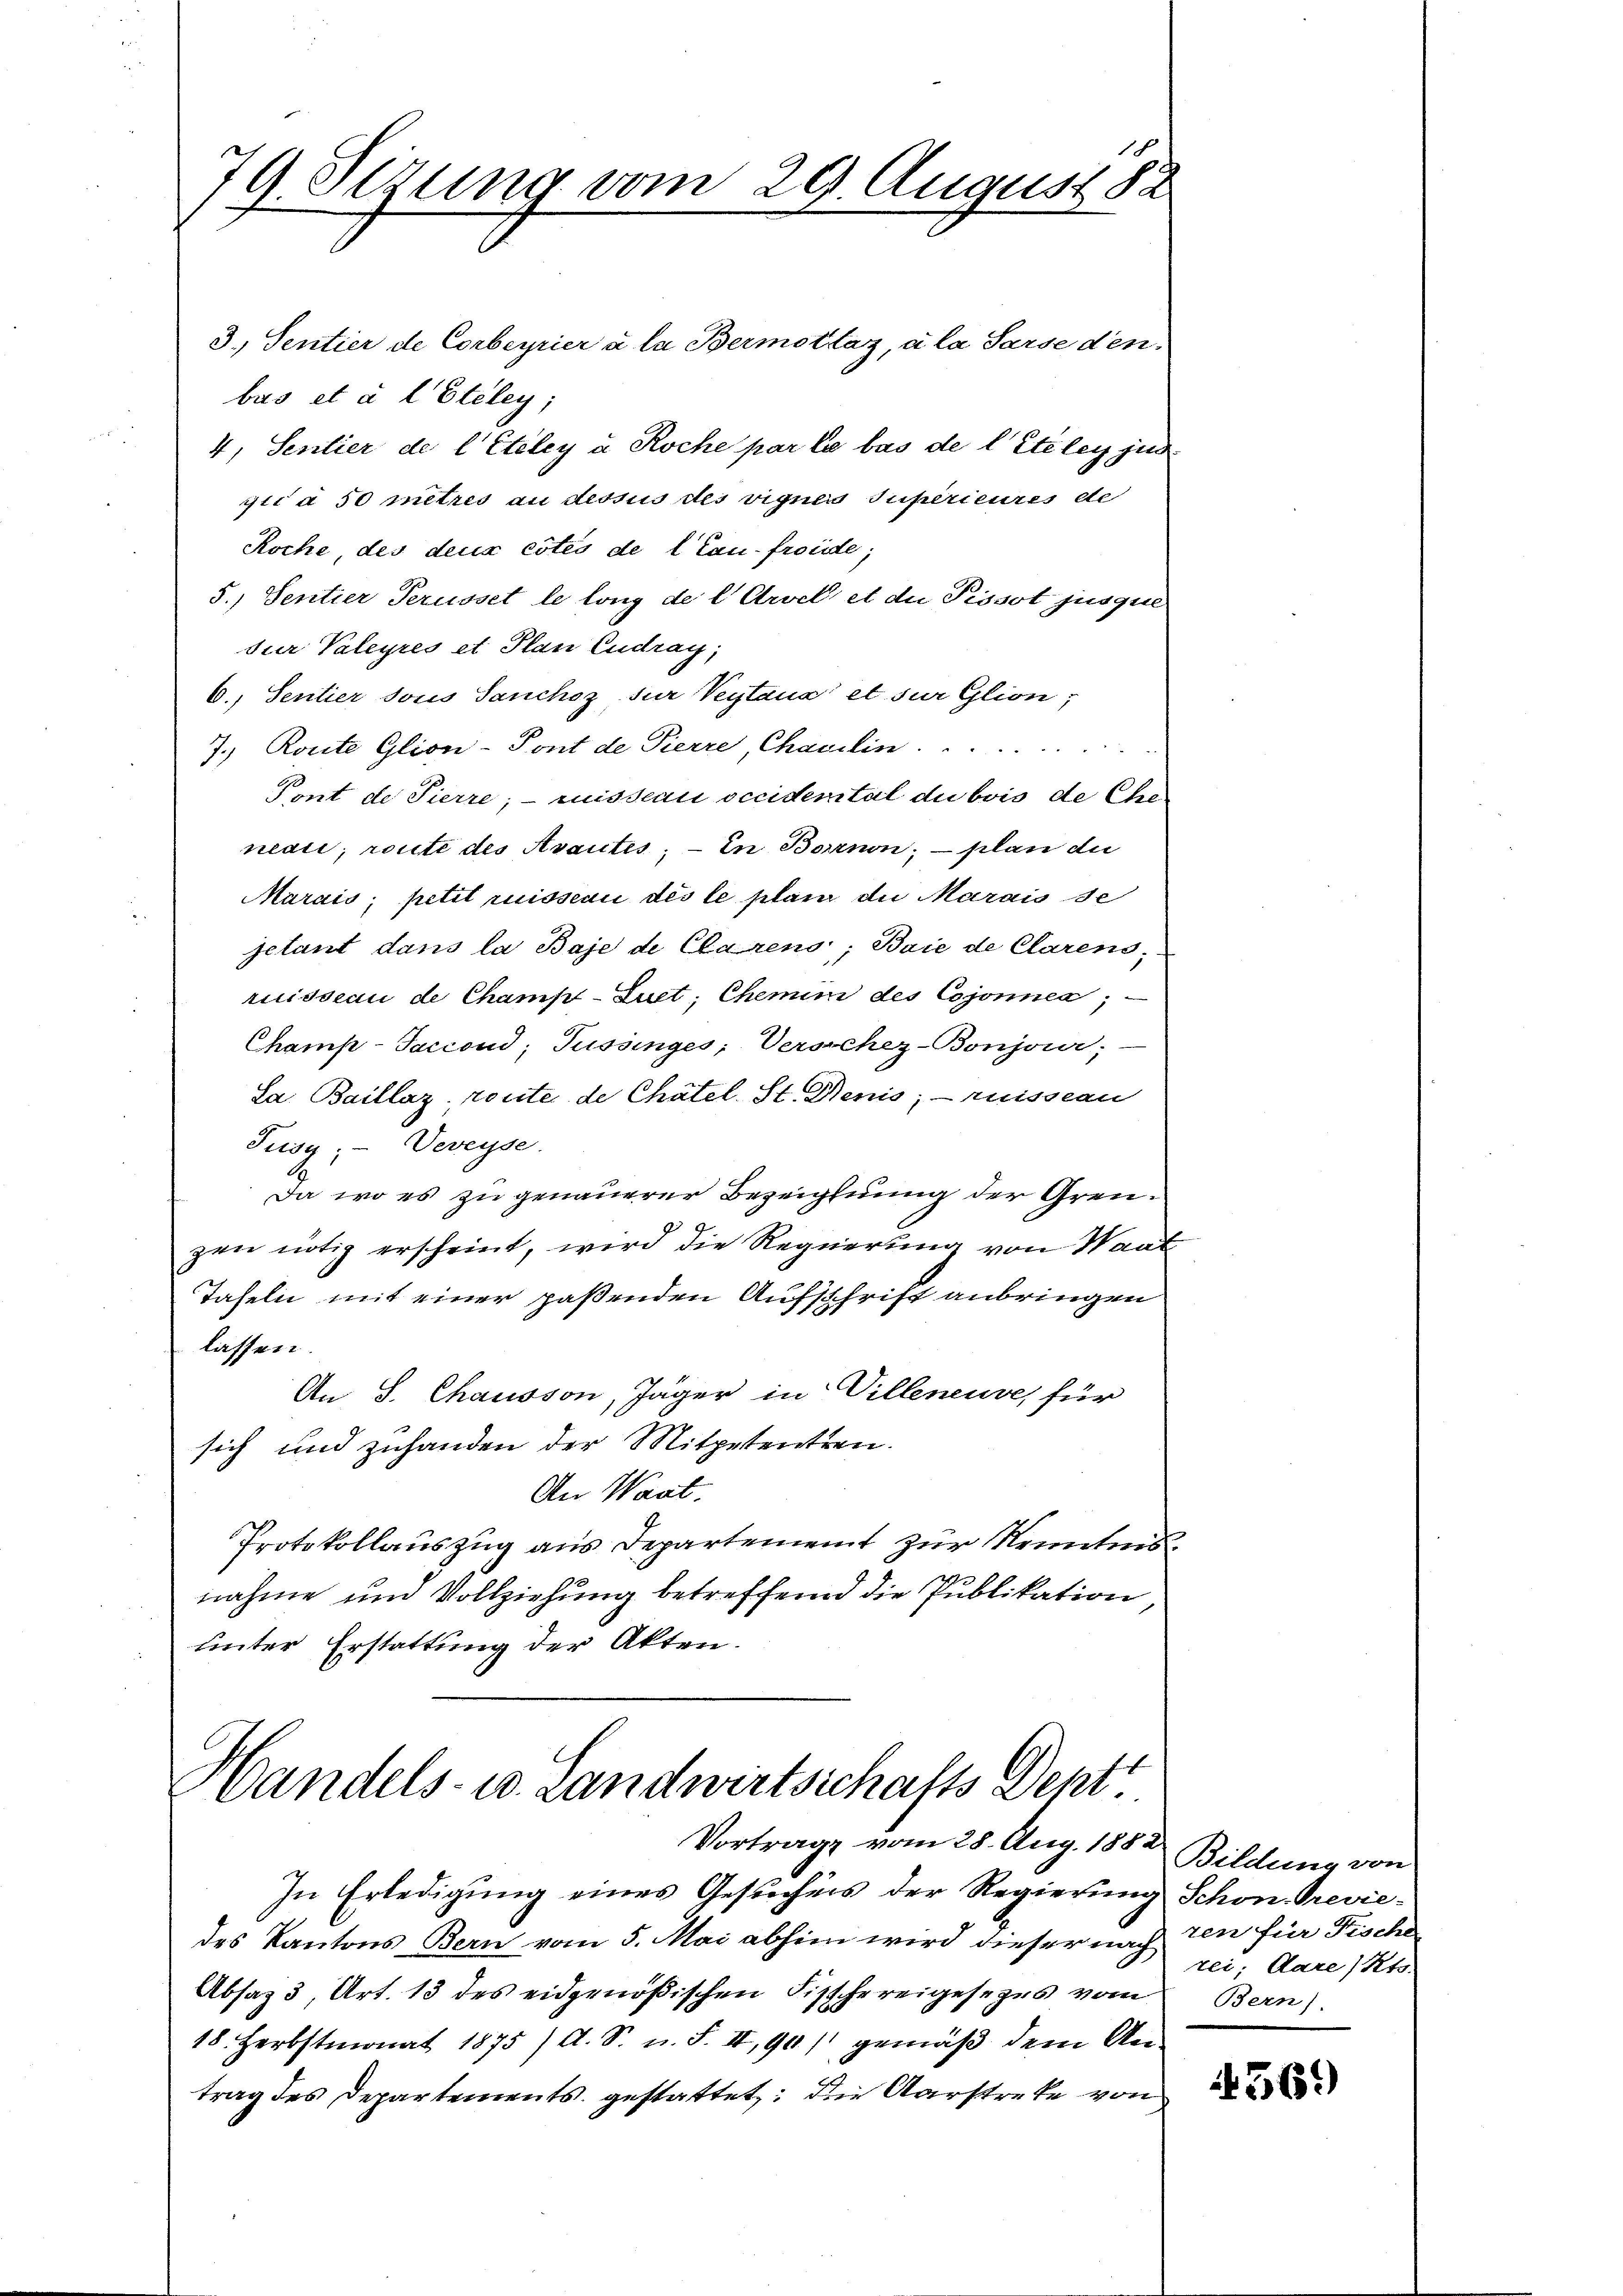
79 Sezung vom 29. August da

3.) Sentier de Corbeyrier u. la Bermottaz, à la Sarse denbus et à l’Eteley;
4. Sentier de l’Etéley u. Roche par le bas de l’Etéley jud
gica 50 metres an dessus des vigner Superieures de
Koche des deux côtés de l Cau-froide;
5.) Sentier Perusset le long de l. Arvel et die Pissot jusque
dur Valeyres et Plan Cudray;
6. Sentier sous Sanchez für Veytaua et sur Glion,
7. Route Glion-Tont de Pierre, Charlin. ...
Pent de Tierre; - misseau occidental du bois de Che-
nau, route des Avantes, – in Borrnon; – plan die
Marais; petit ruisseau des le plan die Marais de
jetant dans la Baje de Clarens; Baie de Clarens,
ruisseau de Champ-Luct; Chemin des Cojonnen; —
Champ-Jaciond; Tussinges; Verschez-Bonjon;
Sa. Baillaz, route de Chätel. St. Denis; risseau
Jusy; Veveyse
Da wo es zu genauerer Bezeichnung der Grenzen nötig erscheint, wird die Regierung von Waat
Tafeln mit einer paßenden Aufschrift anbringen
lassen.
An S. Chausson, Jäger in Villeneure, für
sich und zuhanden der Mitpetenten.
An Waat.
Protokollauszug aus Departement zur Kenntnisnahme und Vollziehung betreffend die Publikation,
unter Erstattung der Akten.

Handels- u. Landwirtschafts Dept
Vortrage vom 28. Aug. 188 Bildung von

In Erledigung eines Gesuchens der Regierung Schon. Previe-
des Kantons Bern vom 5. Mai abhin wird dieser nach den für Fische
Absaz 3, Art. 13 des eidgenößischen Fisschereigesezes vom Bern).
18. Herbstmonat 1875) A. S. u. F. II, 90) gemäß dem An
trag des Departements gestattet: Die Aarstreke von

rei; Aare /Rto-

569